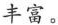
丰富。